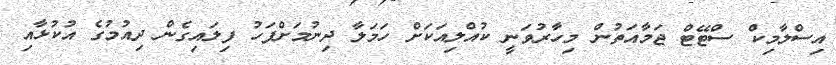
އިސްލާމިކް ސްޓޭޓް ޖަމާއަތުން މިހާރުވަނީ ކުއްލިއަކަށް ހަމަލާ ދިނުމަށްފަހު ފިލައިގެން ދިއުމުގެ އުކުޅާއި